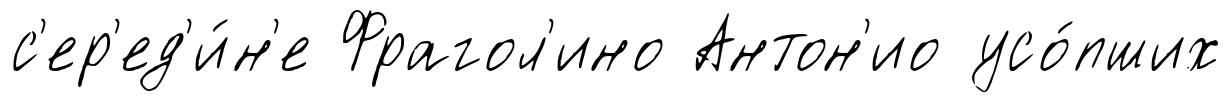
с'ер'ед'и́н'е Фрагол'ино Антон'ио усо́пших